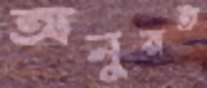
অনুরত